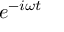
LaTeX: \, e ^ { - i \omega t }